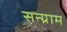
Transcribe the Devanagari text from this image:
सन्ग्राम